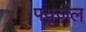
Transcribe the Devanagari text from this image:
फ्यूज़ेल